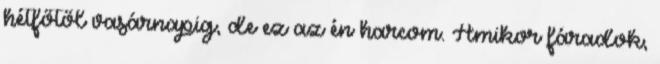
hétfőtől vasárnapig, de ez az én harcom. Amikor fáradok,